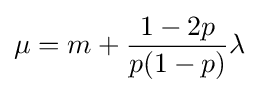
\mu =m+{\frac {1-2p}{p(1-p)}}\lambda